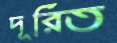
দূরিত